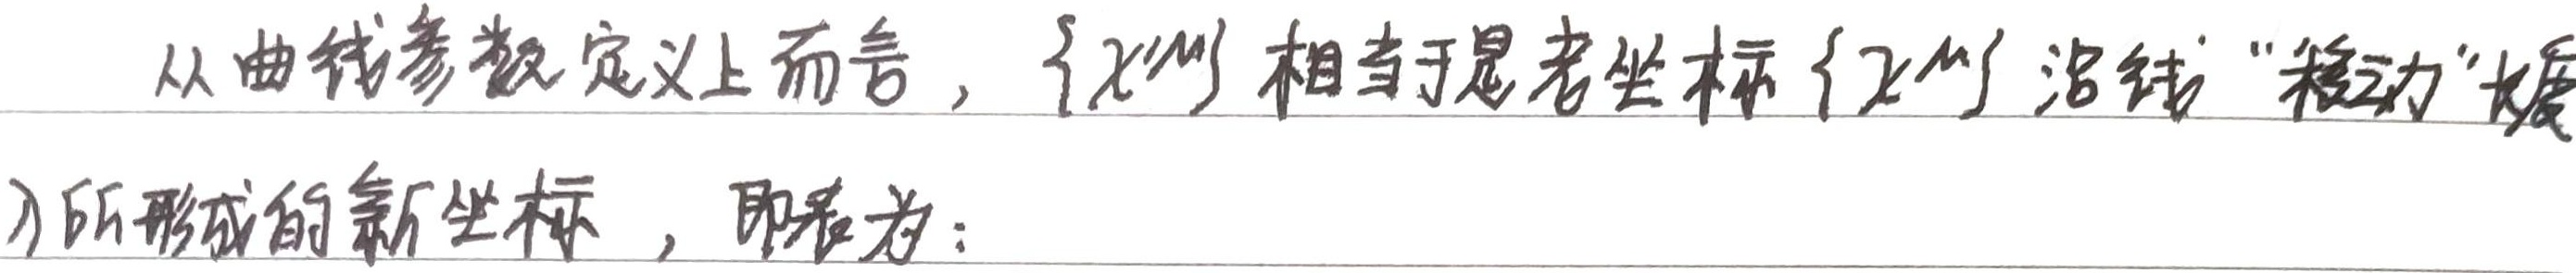
从曲线参数定义上而言，\(\{\widetilde{x}^{\mu}\}\) 相当于是老坐标 \(\{x^{\mu}\}\) 沿线“移动”（）所形成的新坐标，即表为：